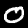
Label: 0